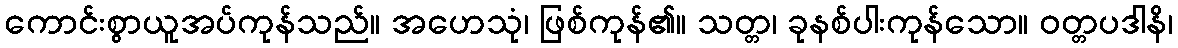
ကောင်းစွာယူအပ်ကုန်သည်။ အဟေသုံ၊ ဖြစ်ကုန်၏။ သတ္တ၊ ခုနစ်ပါးကုန်သော။ ဝတ္တပဒါနိ၊